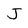
Character: J